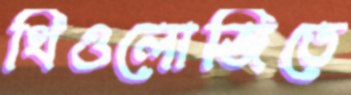
থিওলোজিতে